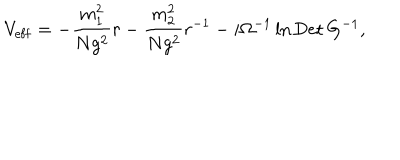
LaTeX: V _ { \mathrm { e f f } } = - \frac { m _ { 1 } ^ { 2 } } { N g ^ { 2 } } r - \frac { m _ { 2 } ^ { 2 } } { N g ^ { 2 } } r ^ { - 1 } - i \Omega ^ { - 1 } \ln \mathrm { D e t } \, G ^ { - 1 } ,